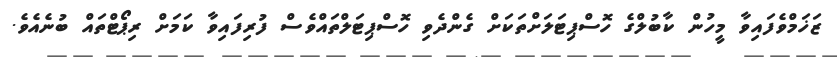
ޒަޚަމްވެފައިވާ މީހުން ކާބުލްގެ ހޮސްޕިޓަލަށްތަކަށް ގެންދެވި ހޮސްޕިޓަލްތައްވެސް ފުރިފައިވާ ކަމަށް ރިޕޯޓްތައް ބުނެއެވެ.